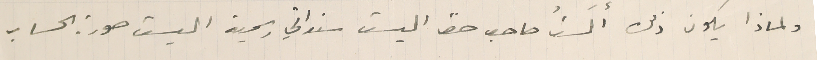
ولماذا يكون ذلك ألَستُ صاحب حق اليست سنداتي رسمية اليست صورة الحساب